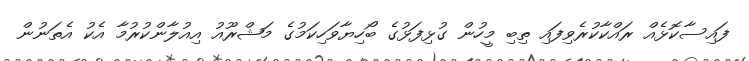
ފައިސާކޮޅެއް ރައްކާކުރެވިފައި ތިބި މީހުން ގުޅިފަޅުގެ ބޯހިޔާވަހިކަމުގެ މަޝްރޫއު އިއުލާންކުރުމާ އެކު އެތަނުން